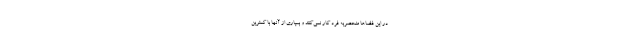
در این فضاها منحصربه فرد کار نمی‌کنند و بسیاری از آنها با کمترین